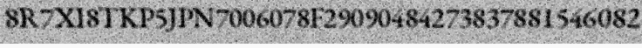
8R7XI8TKP5JPN7006078F29090484273837881546082